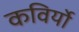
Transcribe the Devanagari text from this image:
कविर्यो